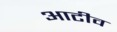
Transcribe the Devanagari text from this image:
आटीव